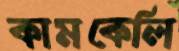
কামকেলি